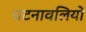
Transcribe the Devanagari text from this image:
घटनावलियों